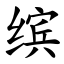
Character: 缤